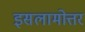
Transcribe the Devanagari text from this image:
इसलामोत्तर